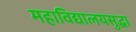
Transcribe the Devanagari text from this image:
महाविद्यालयसुद्धा